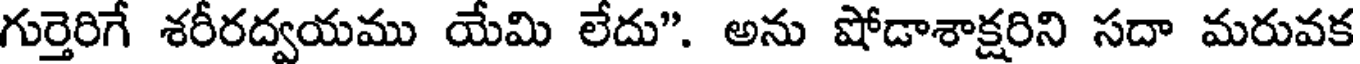
గుర్తెరిగే శరీరద్వయము యేమి లేదు". అను షోడాశాక్షరిని సదా మరువక